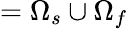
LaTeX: =\Omega_{s}\cup\Omega_{f}